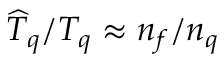
\widehat { T } _ { q } / T _ { q } \approx n _ { f } / n _ { q }